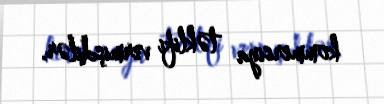
kommersiya təklifi vermişdilər.